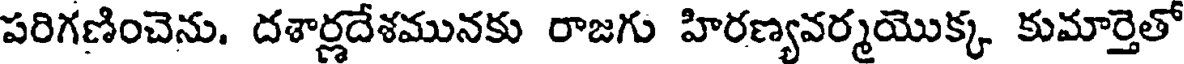
పరిగణించెను. దశార్ణదేశమునకు రాజగు హిరణ్యవర్మయొక్క కుమార్తెతో